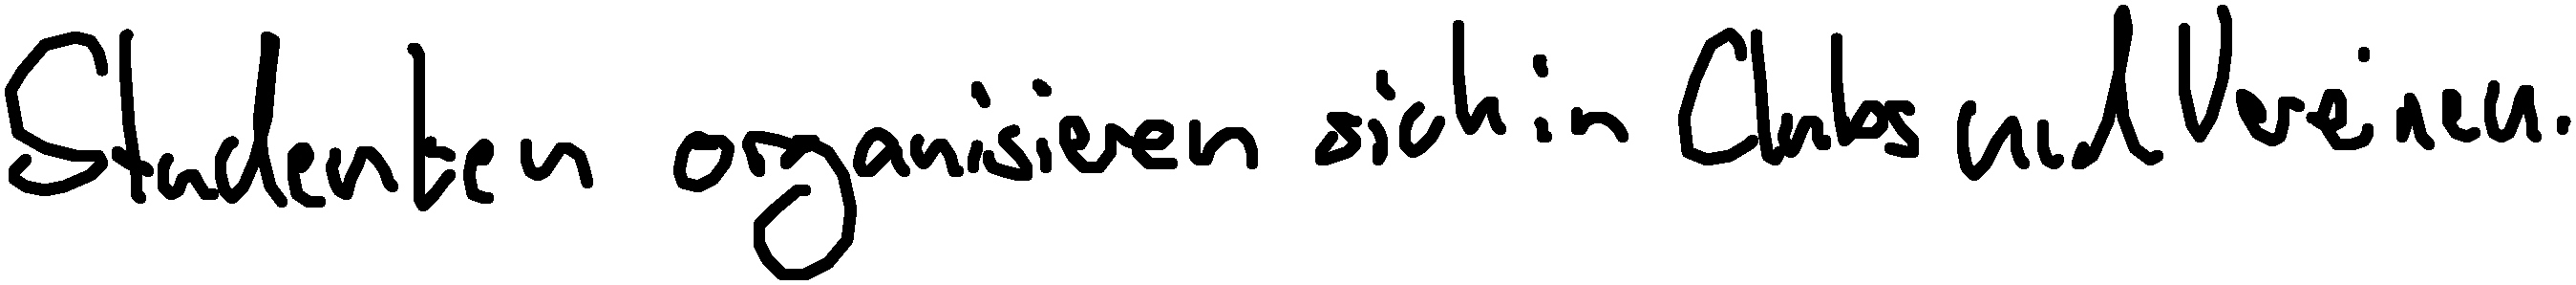
Studenten organisieren sich in Clubs und Vereinen.